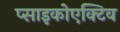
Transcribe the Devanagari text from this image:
प्साइकोएक्टिव